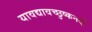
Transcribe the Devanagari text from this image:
यावद्यावच्छुष्कनदी